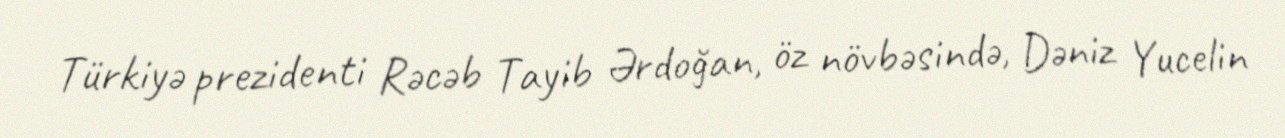
Türkiyə prezidenti Rəcəb Tayib Ərdoğan, öz növbəsində, Dəniz Yucelin